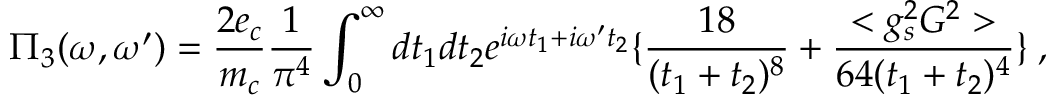
\Pi _ { 3 } ( \omega , \omega ^ { \prime } ) = { \frac { 2 e _ { c } } { m _ { c } } } { \frac { 1 } { \pi ^ { 4 } } } \int _ { 0 } ^ { \infty } d t _ { 1 } d t _ { 2 } e ^ { i \omega t _ { 1 } + i \omega ^ { \prime } t _ { 2 } } \{ { \frac { 1 8 } { ( t _ { 1 } + t _ { 2 } ) ^ { 8 } } } + { \frac { < g _ { s } ^ { 2 } G ^ { 2 } > } { 6 4 ( t _ { 1 } + t _ { 2 } ) ^ { 4 } } } \} \; ,